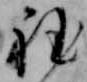
程